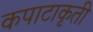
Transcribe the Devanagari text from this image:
कपाटाकृती